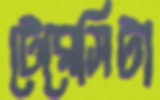
টেরেসিটা